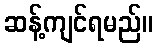
ဆန့်ကျင်ရမည်။